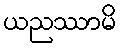
ယညဿာမိ